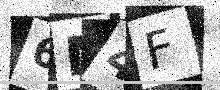
Text: 6M4F